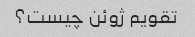
تقویم ژوئن چیست؟